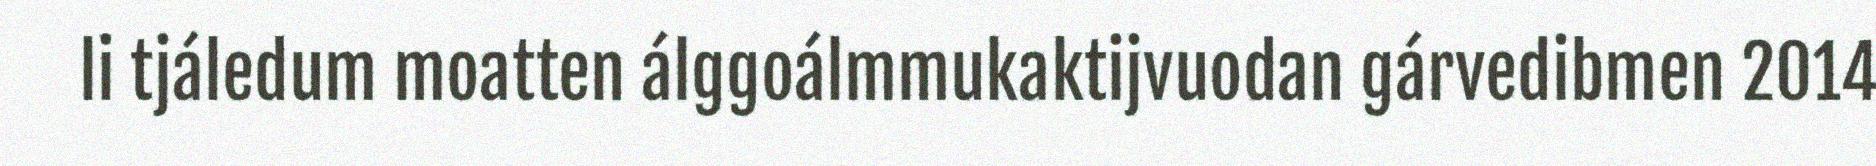
li tjáledum moatten álggoálmmukaktijvuodan gárvedibmen 2014